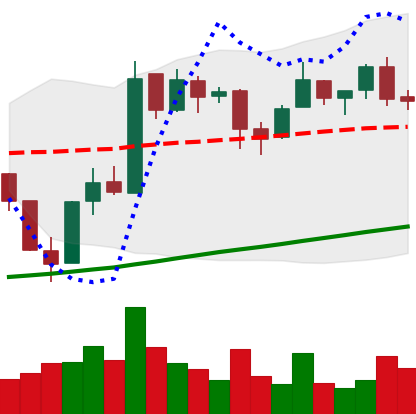
Ticker: BTC-USD
Chart end date: 2017-08-02
Forward return: 24.653%
Label: up_7plus